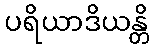
ပရိယာဒိယန္တိ